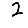
Digit: 2